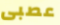
عصبى